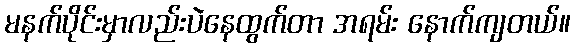
မနက်ပိုင်းမှာလည်းပဲနေထွက်တာ အရမ်း နောက်ကျတယ်။